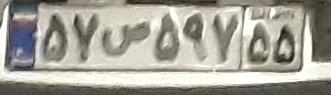
۵۷ص۵۹۷۵۵